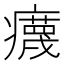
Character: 𤻻